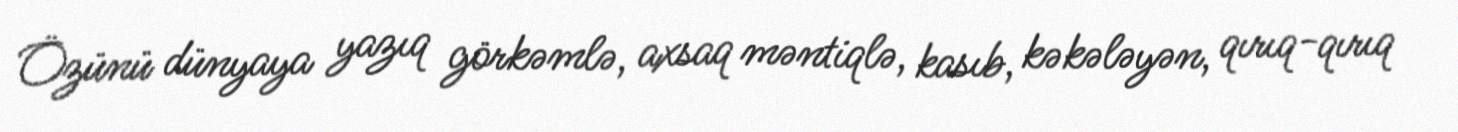
Özünü dünyaya yazıq görkəmlə, axsaq məntiqlə, kasıb, kəkələyən, qırıq-qırıq